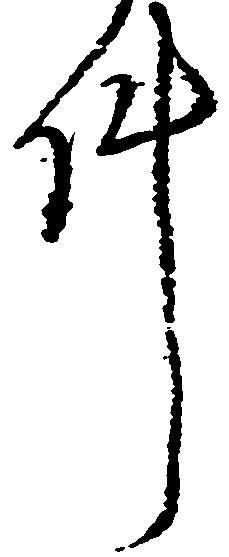
件